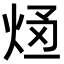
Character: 𭴥